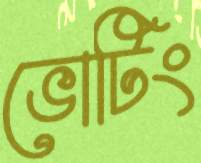
ভোটিং